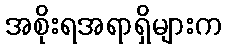
အစိုးရအရာရှိများက